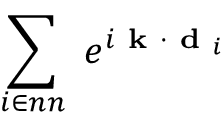
\sum _ { i \in n n } ~ e ^ { i \textbf { k } \cdot \textbf { d } _ { i } }